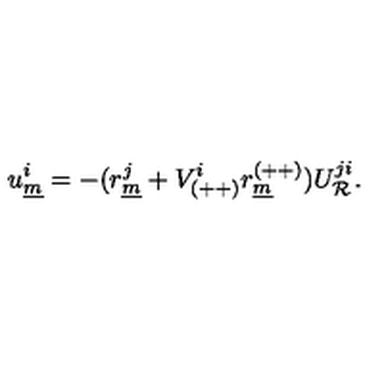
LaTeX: u _ { \underline { { m } } } ^ { i } = - ( r _ { \underline { { m } } } ^ { j } + V _ { ( + + ) } ^ { i } r _ { \underline { { m } } } ^ { ( + + ) } ) U _ { { \cal R } } ^ { j i } .